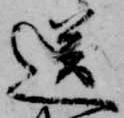
送